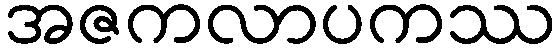
အဇကလာပကဿ